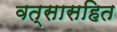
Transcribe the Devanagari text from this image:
वत्सासहित